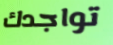
تواجدك